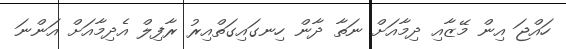
ހައްޖަ އިން މޭޒާއި ދިމާއަށް ނަތާ ދާން ހިނގައިގަތްއިރު ރާފިލް އެދިމާއަށް އަންނަ